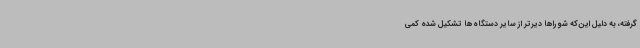
گرفته، به دلیل این‌که شوراها دیرتر از سایر دستگاه‌ها تشکیل شده کمی